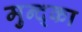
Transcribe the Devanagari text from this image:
मुन्द्का